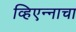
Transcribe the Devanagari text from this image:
व्हिएन्नाचा